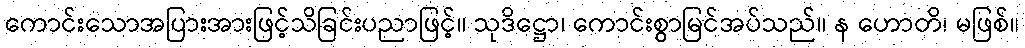
ကောင်းသောအပြားအားဖြင့်သိခြင်းပညာဖြင့်။ သုဒိဋ္ဌော၊ ကောင်းစွာမြင်အပ်သည်။ န ဟောတိ၊ မဖြစ်။